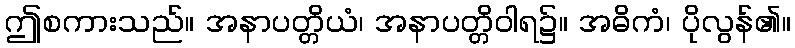
ဤစကားသည်။ အနာပတ္တိယံ၊ အနာပတ္တိဝါရ၌။ အဓိကံ၊ ပိုလွန်၏။